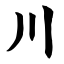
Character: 川